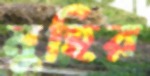
মুহির